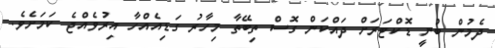
ދެމުން ބުނީ ޑޮކްޓަރަށް ދައްކަން ގޮސް ތިބޭތާ މިހާރު ގަޑިއެއްހާ އިރުވެއްޖެ ކަމަށެވެ.